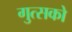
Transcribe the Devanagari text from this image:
गुत्सको